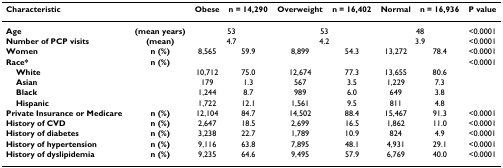
| Characteristic |  | Obese | n = 14,290 | Overweight | n = 16,402 | Normal | n = 16,936 | P value |
 | --- | --- | --- | --- | --- | --- | --- | --- | --- |
 | Age | (mean years) | <COLSPAN=2> 53 | <COLSPAN=2> 53 | <COLSPAN=2> 48 | <0.0001 |
 | Number of PCP visits | (mean) | <COLSPAN=2> 4.7 | <COLSPAN=2> 4.2 | <COLSPAN=2> 3.9 | <0.0001 |
 | Women | n (%) | 8,565 | 59.9 | 8,899 | 54.3 | 13,272 | 78.4 | <0.0001 |
 | Race* | n (%) |  |  |  |  |  |  | <0.0001 |
 | White |  | 10,712 | 75.0 | 12,674 | 77.3 | 13,655 | 80.6 |  |
 | Asian |  | 179 | 1.3 | 567 | 3.5 | 1,229 | 7.3 |  |
 | Black |  | 1,244 | 8.7 | 989 | 6.0 | 649 | 3.8 |  |
 | Hispanic |  | 1,722 | 12.1 | 1,561 | 9.5 | 811 | 4.8 |  |
 | Private Insurance or Medicare | n (%) | 12,104 | 84.7 | 14,502 | 88.4 | 15,467 | 91.3 | <0.0001 |
 | History of CVD | n (%) | 2,647 | 18.5 | 2,699 | 16.5 | 1,862 | 11.0 | <0.0001 |
 | History of diabetes | n (%) | 3,238 | 22.7 | 1,789 | 10.9 | 824 | 4.9 | <0.0001 |
 | History of hypertension | n (%) | 9,116 | 63.8 | 7,895 | 48.1 | 4,931 | 29.1 | <0.0001 |
 | History of dyslipidemia | n (%) | 9,235 | 64.6 | 9,495 | 57.9 | 6,769 | 40.0 | <0.0001 |